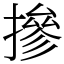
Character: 摻